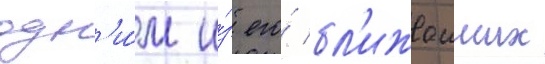
одн'и́м и́з его́ бл'ижаиших